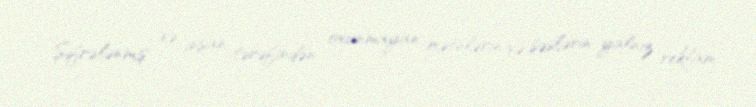
Şifrələnmiş və insan tərəfindən oxunmayan mətnlərin və səslərin yalnız reklam